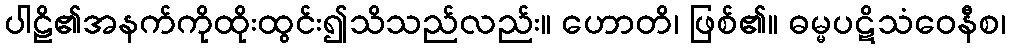
ပါဠိ၏အနက်ကိုထိုးထွင်း၍သိသည်လည်း။ ဟောတိ၊ ဖြစ်၏။ ဓမ္မပဋိသံဝေနီစ၊